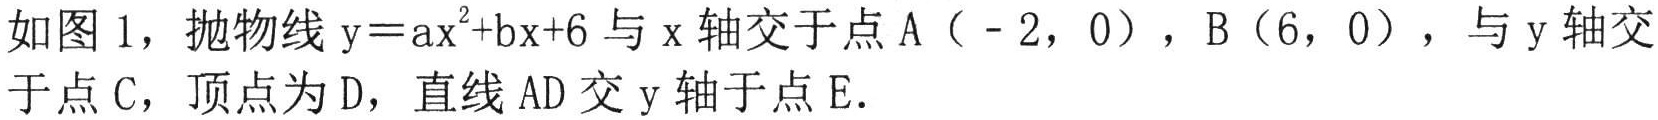
如图 1，抛物线 \(y = ax^{2}+bx + 6\) 与 \(x\) 轴交于点 \(A(-2,0)\)，\(B(6,0)\)，与 \(y\) 轴交
于点 \(C\)，顶点为 \(D\)，直线 \(AD\) 交 \(y\) 轴于点 \(E\).